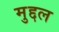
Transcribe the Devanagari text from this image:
मुद्दल